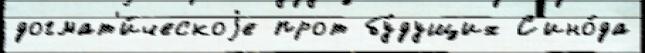
догмат'и́ческоjе прот бу́дущих С'ино́да